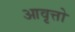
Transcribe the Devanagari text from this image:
आवृत्तो